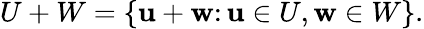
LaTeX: U+W=\left\{ \mathbf{u}+\mathbf{w}\colon\mathbf{u}\in U,\mathbf{w}\in W\right\} .